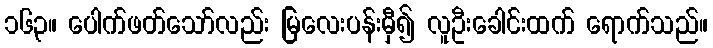
၁၆၃။ ပေါက်ဖတ်သော်လည်း မြလေးပန်းမှီ၍ လူဦးခေါင်းထက် ရောက်သည်။